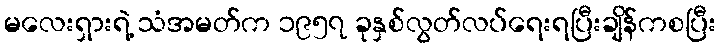
မလေးရှားရဲ့ သံအမတ်က ၁၉၅၇ ခုနှစ်လွတ်လပ်ရေးရပြီးချိန်ကစပြီး